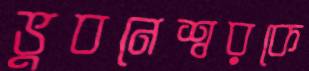
ভুবনেশ্বরকে